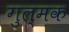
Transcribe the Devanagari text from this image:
गुल्मक